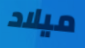
ميلاد